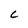
Character: c